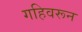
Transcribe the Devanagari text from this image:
गहिवरून